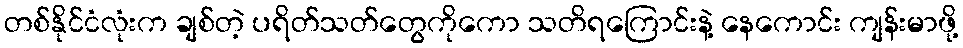
တစ်နိုင်ငံလုံးက ချစ်တဲ့ ပရိတ်သတ်တွေကိုကော သတိရကြောင်းနဲ့ နေကောင်း ကျန်းမာဖို့